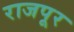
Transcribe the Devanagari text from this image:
राजपूर